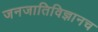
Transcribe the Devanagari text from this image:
जनजातिविज्ञानच